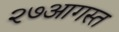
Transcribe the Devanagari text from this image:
२७आगस्त